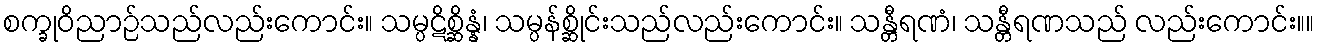
စက္ခုဝိညာဉ်သည်လည်းကောင်း။ သမ္ပဋိစ္ဆိန္နံ၊ သမ္ပန်စ္ဆိုင်းသည်လည်းကောင်း။ သန္တီရဏံ၊ သန္တီရဏသည် လည်းကောင်း။။